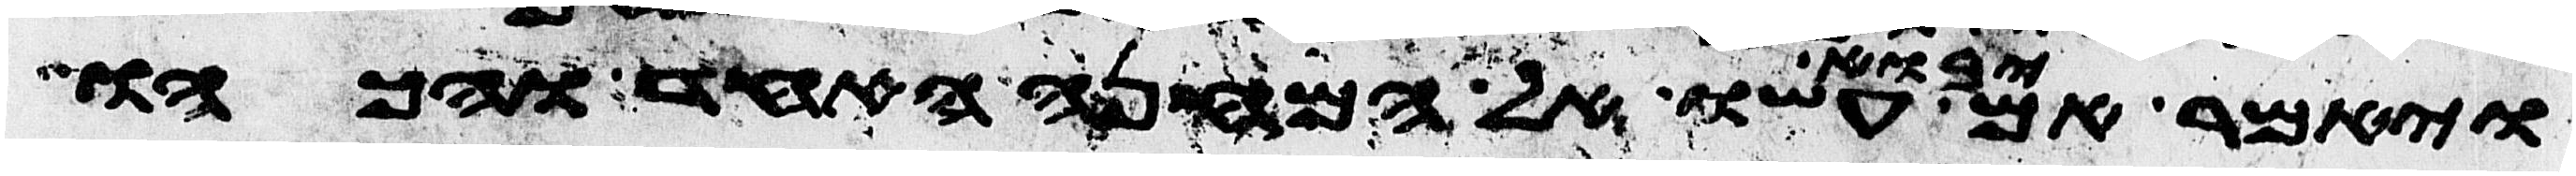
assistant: ויאמר אם יבוא עשו אל המחנה האחד והכהו